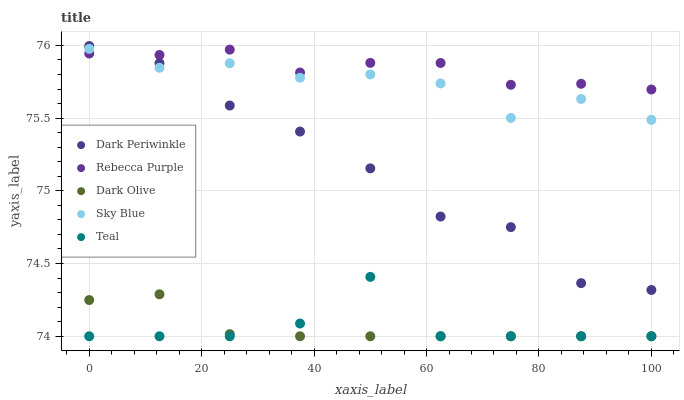
| xaxis_label | Dark Periwinkle | Rebecca Purple | Dark Olive | Sky Blue | Teal |
 | --- | --- | --- | --- | --- | --- |
 | 0 | 76 | 75.9 | 74.2 | 76 | 74 |
 | 12.5 | 75.9 | 75.9 | 74.3 | 75.8 | 74 |
 | 25 | 75.6 | 76 | 74 | 75.9 | 74 |
 | 37.5 | 75.4 | 75.8 | 74 | 75.8 | 74.1 |
 | 50 | 75.2 | 75.9 | 74 | 75.8 | 74.4 |
 | 62.5 | 74.8 | 75.9 | 74 | 75.7 | 74 |
 | 75 | 74.8 | 75.7 | 74 | 75.5 | 74 |
 | 87.5 | 74.4 | 75.7 | 74 | 75.6 | 74 |
 | 100 | 74.3 | 75.7 | 74 | 75.5 | 74 |